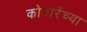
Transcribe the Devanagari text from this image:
कोठारेंच्या